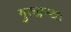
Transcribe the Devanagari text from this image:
गुरुग्रन्थः